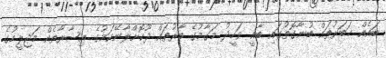
ބައެއް ޚަބަރުތައް ބުނާގޮތުގައި ބާޣީ ވަހީދު މަގާމުގެ ބާރުތައް ދޫކޮށްލާނޭކަމުގެ ޢިޝާރާތެއް މަޖިލީހުގެ